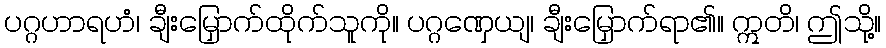
ပဂ္ဂဟာရဟံ၊ ချီးမြှောက်ထိုက်သူကို။ ပဂ္ဂဏှေယျ၊ ချီးမြှောက်ရာ၏။ ဣတိ၊ ဤသို့။